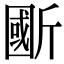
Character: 𣂽